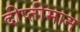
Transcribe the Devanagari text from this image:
दीप्तीमान